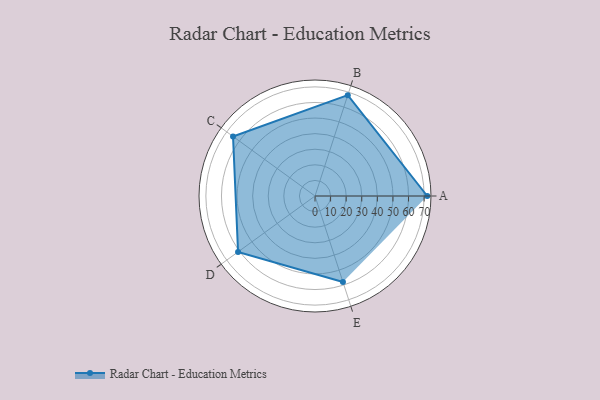
{"axis": {"x": "Skill", "y": "Score"}, "legend": ["Profile"], "data": [{"x": "A", "y": 72.0, "type": "Profile"}, {"x": "B", "y": 68.0, "type": "Profile"}, {"x": "C", "y": 65.0, "type": "Profile"}, {"x": "D", "y": 61.0, "type": "Profile"}, {"x": "E", "y": 58.0, "type": "Profile"}]}